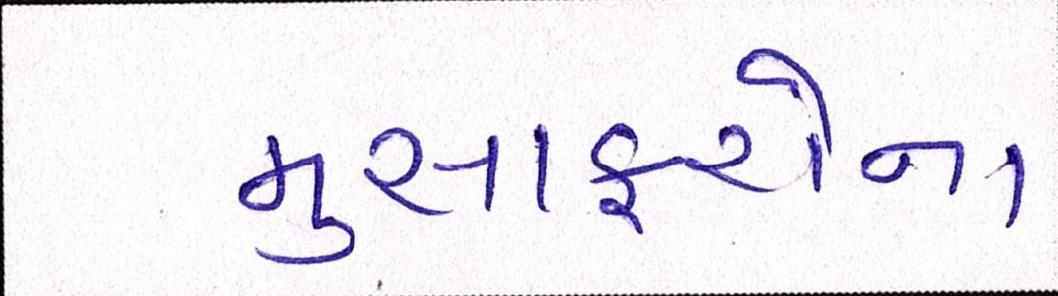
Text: મુસાફરોના